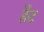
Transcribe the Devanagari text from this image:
र्हँट